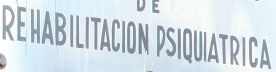
REHABILITACION PSIQUIATRICA